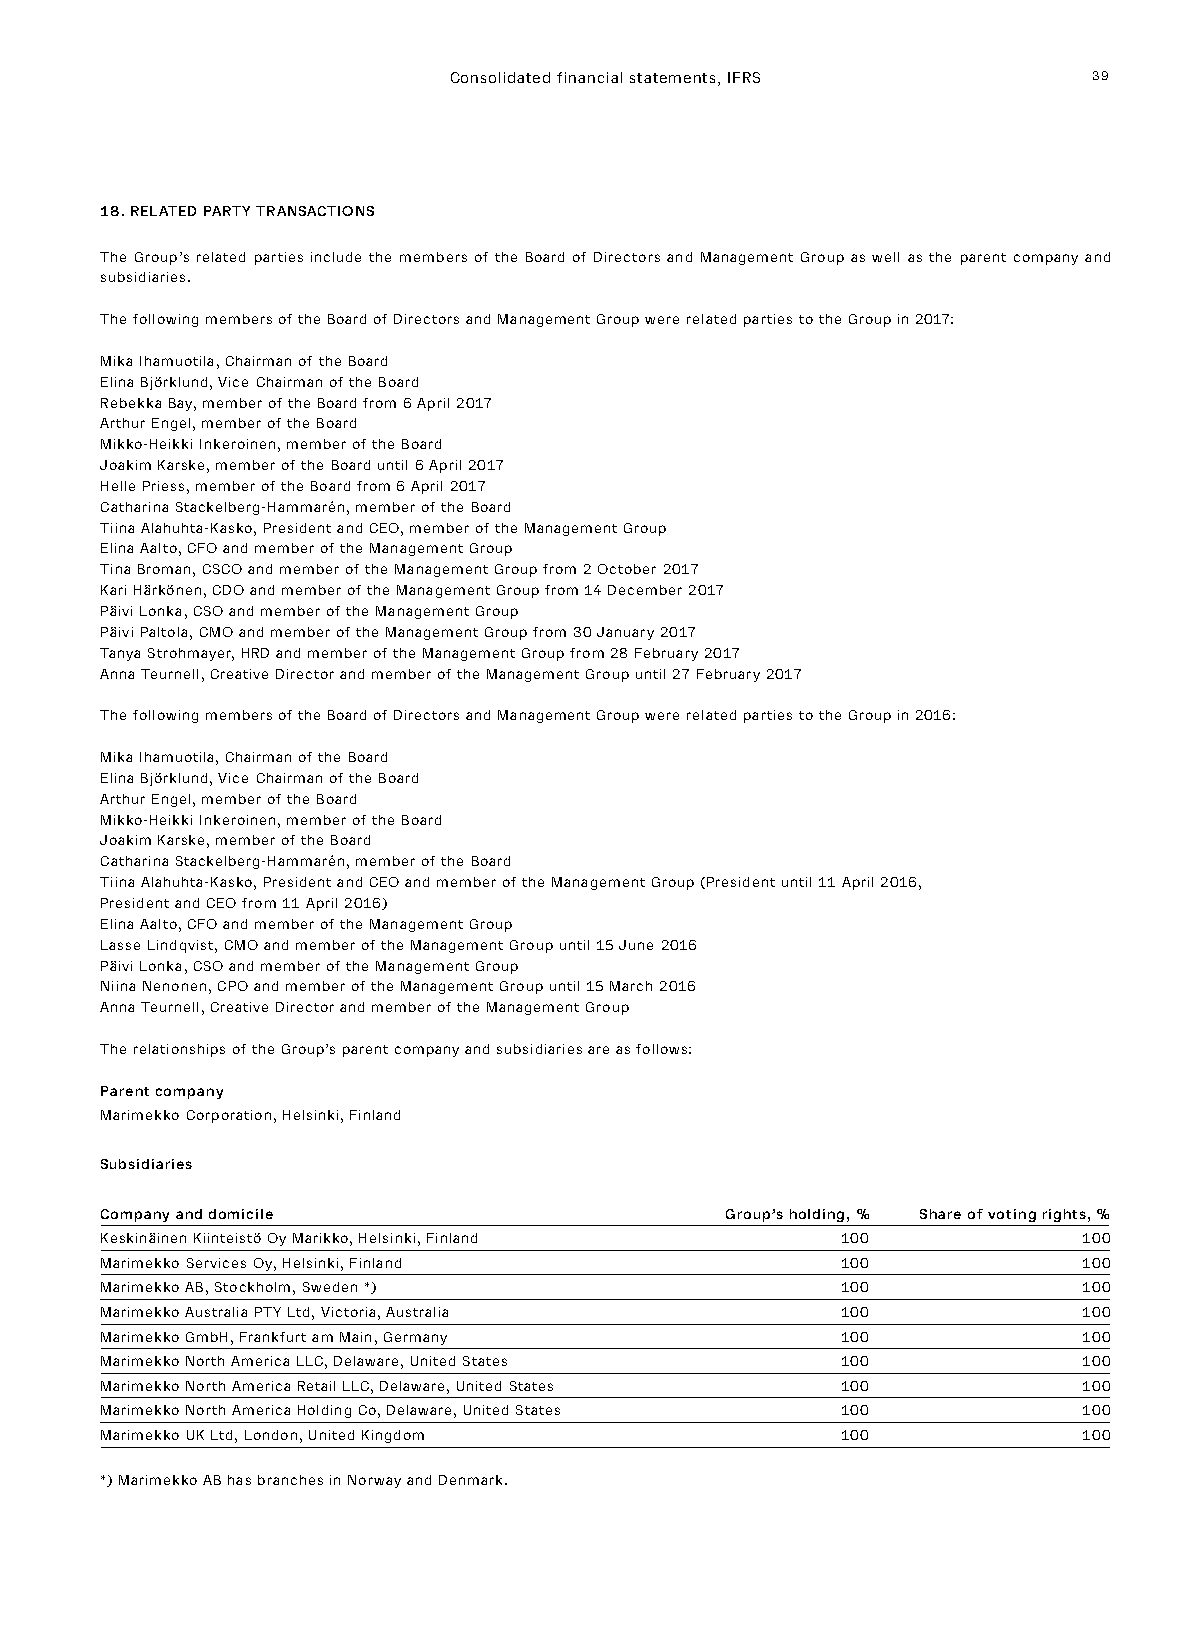
Consolidated financial statements, IFRS   39
 18. RELATED PARTY TRANSACTIONS
 The Group’s related parties include the members of the Board of Directors and Management Group as well as the parent company and
 subsidiaries.
 The following members of the Board of Directors and Management Group were related parties to the Group in 2017:
 Mika Ihamuotila, Chairman of the Board
 Elina Björklund, Vice Chairman of the Board
 Rebekka Bay, member of the Board from 6 April 2017
 Arthur Engel, member of the Board
 Mikko-Heikki Inkeroinen, member of the Board
 Joakim Karske, member of the Board until 6 April 2017
 Helle Priess, member of the Board from 6 April 2017
 Catharina Stackelberg-Hammarén, member of the Board
 Tiina Alahuhta-Kasko, President and CEO, member of the Management Group
 Elina Aalto, CFO and member of the Management Group
 Tina Broman, CSCO and member of the Management Group from 2 October 2017
 Kari Härkönen, CDO and member of the Management Group from 14 December 2017
 Päivi Lonka, CSO and member of the Management Group
 Päivi Paltola, CMO and member of the Management Group from 30 January 2017
 Tanya Strohmayer, HRD and member of the Management Group from 28 February 2017
 Anna Teurnell, Creative Director and member of the Management Group until 27 February 2017
 The following members of the Board of Directors and Management Group were related parties to the Group in 2016:
 Mika Ihamuotila, Chairman of the Board
 Elina Björklund, Vice Chairman of the Board
 Arthur Engel, member of the Board
 Mikko-Heikki Inkeroinen, member of the Board
 Joakim Karske, member of the Board
 Catharina Stackelberg-Hammarén, member of the Board
 Tiina Alahuhta-Kasko, President and CEO and member of the Management Group (President until 11 April 2016,
 President and CEO from 11 April 2016)
 Elina Aalto, CFO and member of the Management Group
 Lasse Lindqvist, CMO and member of the Management Group until 15 June 2016
 Päivi Lonka, CSO and member of the Management Group
 Niina Nenonen, CPO and member of the Management Group until 15 March 2016
 Anna Teurnell, Creative Director and member of the Management Group
 The relationships of the Group’s parent company and subsidiaries are as follows:
 Parent company
 Marimekko Corporation, Helsinki, Finland
 Subsidiaries
 Company and domicile                     Group’s holding, % Share of voting rights, %
 Keskinäinen Kiinteistö Oy Marikko, Helsinki, Finland 100         100
 Marimekko Services Oy, Helsinki, Finland         100             100
 Marimekko AB, Stockholm, Sweden *)               100             100
 Marimekko Australia PTY Ltd, Victoria, Australia 100             100
 Marimekko GmbH, Frankfurt am Main, Germany       100             100
 Marimekko North America LLC, Delaware, United States 100         100
 Marimekko North America Retail LLC, Delaware, United States 100  100
 Marimekko North America Holding Co, Delaware, United States 100  100
 Marimekko UK Ltd, London, United Kingdom         100             100
 *) Marimekko AB has branches in Norway and Denmark.